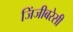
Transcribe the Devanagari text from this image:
जिंजीबरेसी